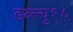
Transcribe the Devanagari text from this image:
डब्ल्यु१५